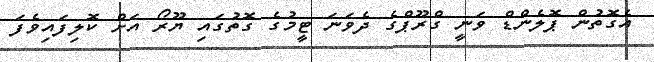
އެގޮތުން ޕޮލެންޑް ވަނީ ގްރޫޕްގެ ދެވަނަ ޓީމުގެ ގޮތުގައި ޔޫރޯ އަށް ކޮލިފައިވެފަ